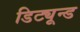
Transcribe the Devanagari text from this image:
डिट्यून्ड